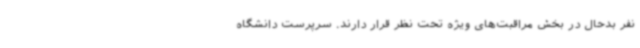
نفر بدحال در بخش مراقبت‌های ویژه تحت نظر قرار دارند. سرپرست دانشگاه